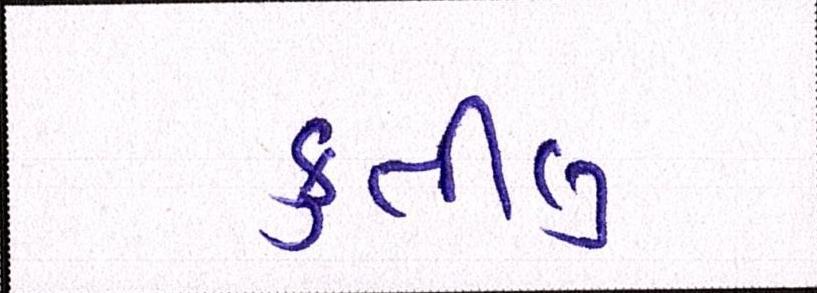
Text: ફુર્તીલુ